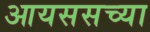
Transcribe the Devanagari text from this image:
आयससच्या